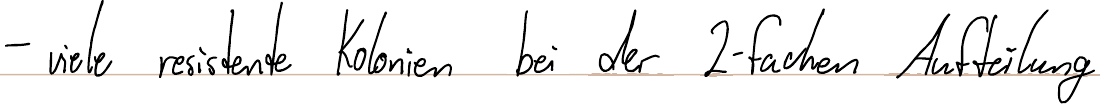
- viele resistente Kolonien bei der 2-fachen Aufteilung